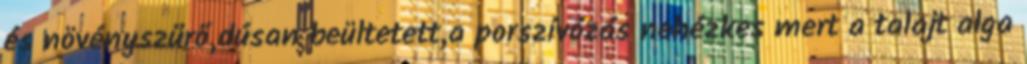
és növényszűrő,dúsan beültetett,a porszívózás nehézkes mert a talajt alga